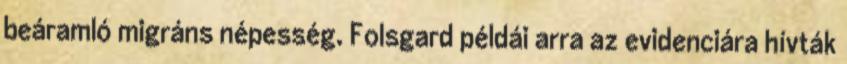
beáramló migráns népesség. Folsgard példái arra az evidenciára hívták